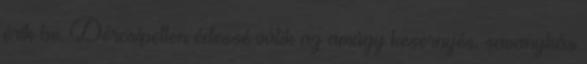
érik be. Dércsípetten édessé válik az amúgy kesernyés, savanykás